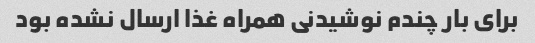
برای بار چندم نوشیدنی همراه غذا ارسال نشده بود